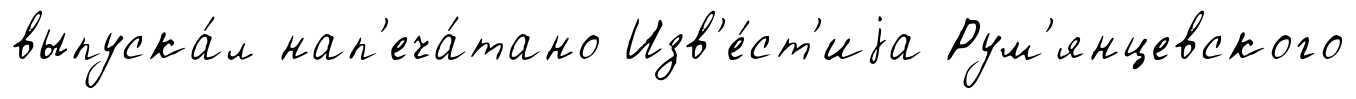
выпуска́л нап'еча́тано Изв'е́ст'иjа Рум'янцевского